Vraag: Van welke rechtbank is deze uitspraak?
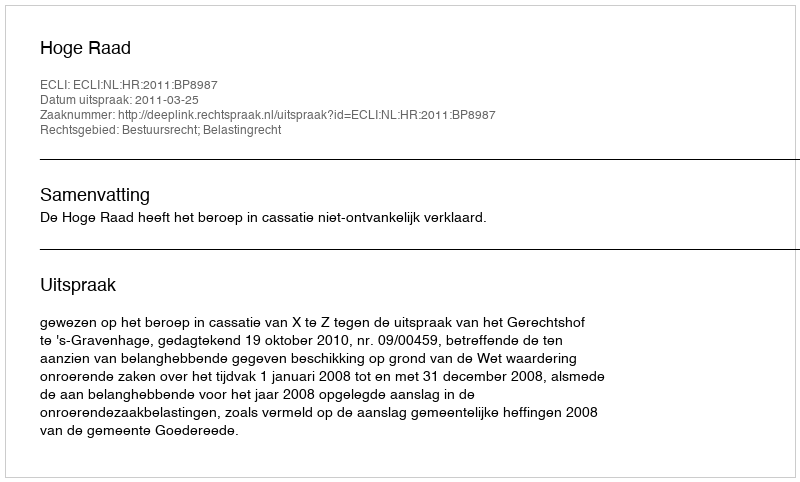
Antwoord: Hoge Raad